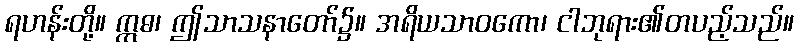
ရဟန်းတို့။ ဣဓ၊ ဤသာသနာတော်၌။ အရိယသာဝကော၊ ငါဘုရား၏တပည့်သည်။